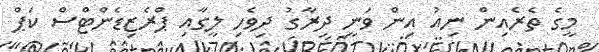
މީގެ ތެރެއިން ނިއު އިން ވަނީ ދިރާގު ދިވެހި ލީގާއި ޕްރެޒިޑެންޓްސް ކަޕް